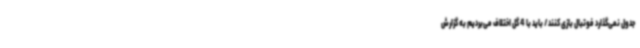
جدول نمی‌گذارد فوتبال بازی کنند/ باید با 4 گل اختلاف می‌بردیم به گزارش